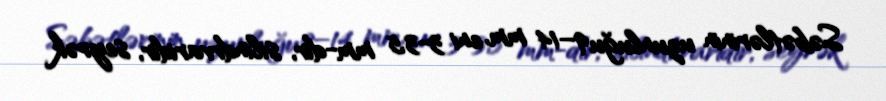
Səbətlərinin uzunluğu 9–14 mm, eni 3-3,5 mm-dir, silindrvaridir, seyrək